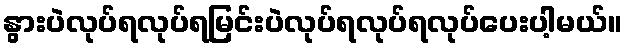
နွားပဲလုပ်ရလုပ်ရမြင်းပဲလုပ်ရလုပ်ရလုပ်ပေးပါ့မယ်။